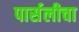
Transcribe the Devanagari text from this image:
पार्सलीचा